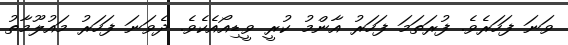
ވަނަ ފަހަރެވެ. ފުރަތަމަ ފަހަރު އާންމު ކުރީ ވީޑިއޯއެކެވެ. ދެވަނަ ފަހަރު މައުލޫމާތު